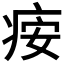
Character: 𬏪